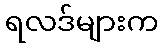
ရလဒ်များက